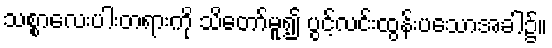
သစ္စာလေးပါးတရားကို သိတော်မူ၍ ပွင့်လင်းထွန်းပသောအခါ၌။